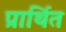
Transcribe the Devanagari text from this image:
प्रार्थित